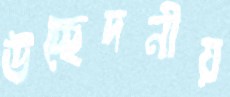
উচ্ছেদনীয়